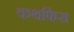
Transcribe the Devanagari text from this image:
कथफिस